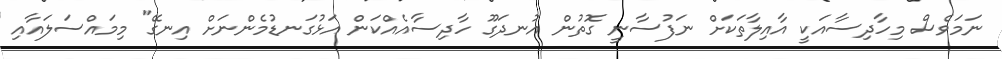
ނަމަވެސް މިހާދިސާއަކީ އާއިލާތަކަށް ނަފުސާނީ ގޮތުން އުނދަގޫ ހާދިސާއެއްކަން އަޅުގަނޑުމެންނަށް އިނގޭ" މިމައްސަލައާއި